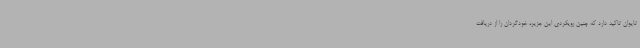
تایوان تاکید دارد که چنین رویکردی این جزیره خودگردان را از دریافت